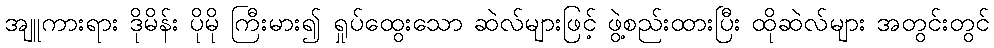
အျူကားရား ဒိုမိန်း ပိုမို ကြီးမား၍ ရှုပ်ထွေးသော ဆဲလ်များဖြင့် ဖွဲ့စည်းထားပြီး ထိုဆဲလ်များ အတွင်းတွင်